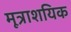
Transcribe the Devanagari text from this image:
मूत्राशयिक